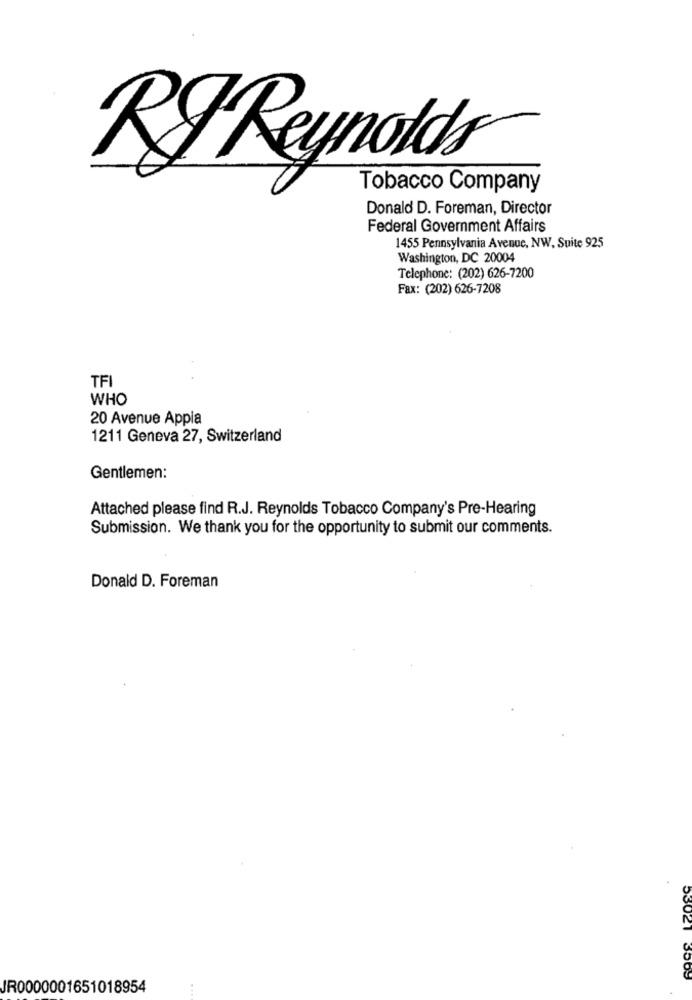
RI Reynolds
Tobacco Company
Donald D. Foreman, Director
Federal Government Affairs
1455 Pennsylvania Avenue, NW, Suite 925
Washington, DC 20004
Telephone: (202) 626-7200
Fax: (202) 626-7208
TFI
WHO
20 Avenue Appia
1211 Geneva 27, Switzerland
Gentlemen:
Attached please find R.J. Reynolds Tobacco Company's Pre-Hearing
Submission. We thank you for the opportunity to submit our comments.
Donald D. Foreman
53021 3569
JR0000001651018954